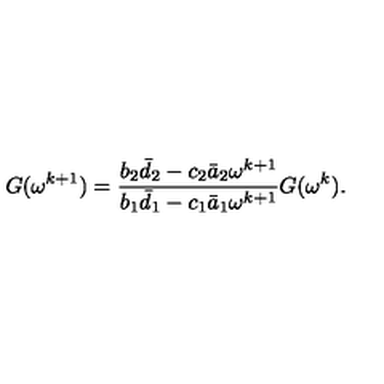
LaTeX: G ( \omega ^ { k + 1 } ) = \frac { b _ { 2 } \bar { d } _ { 2 } - c _ { 2 } \bar { a } _ { 2 } \omega ^ { k + 1 } } { b _ { 1 } \bar { d } _ { 1 } - c _ { 1 } \bar { a } _ { 1 } \omega ^ { k + 1 } } G ( \omega ^ { k } ) .